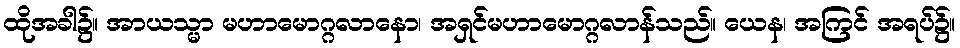
ထိုအခါ၌။ အာယသ္မာ မဟာမောဂ္ဂလာနော၊ အရှင်မဟာမောဂ္ဂလာန်သည်။ ယေန၊ အကြင် အရပ်၌။